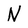
Character: N